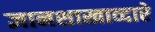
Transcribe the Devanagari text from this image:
ज्ञानशाखाव्दारे